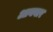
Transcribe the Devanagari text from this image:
आयवार